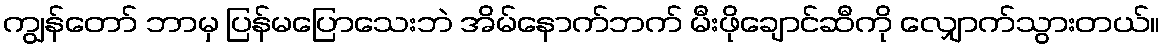
ကျွန်တော် ဘာမှ ပြန်မပြောသေးဘဲ အိမ်နောက်ဘက် မီးဖိုချောင်ဆီကို လျှောက်သွားတယ်။